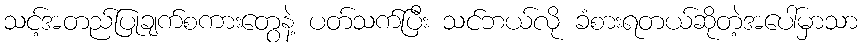
သင့်အတည်ပြုချက်စကားတွေနဲ့ ပတ်သက်ပြီး သင်ဘယ်လို ခံစားရတယ်ဆိုတဲ့အပေါ်မှာသာ